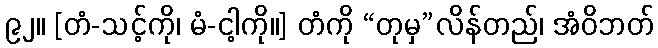
၉၂။ [တံ-သင့်ကို၊ မံ-ငါ့ကို။] တံကို “တုမှ”လိန်တည်၊ အံဝိဘတ်